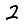
Digit: 2